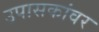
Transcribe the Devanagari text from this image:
उपासकांवर